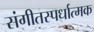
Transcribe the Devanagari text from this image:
संगीतस्पर्धात्मक